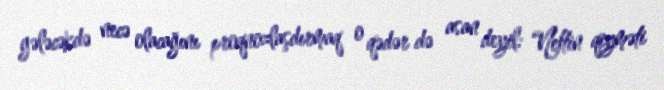
gələcəkdə necə olacağını proqnozlaşdırmaq o qədər də asan deyil: “Neftin qiyməti